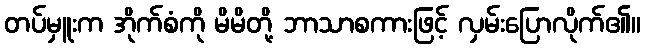
တပ်မှူးက အိုက်စံကို မိမိတို့ ဘာသာစကားဖြင့် လှမ်းပြောလိုက်၏။